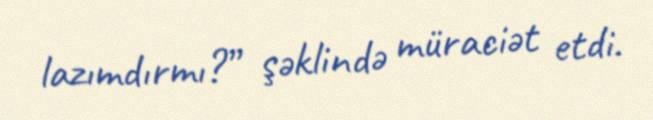
lazımdırmı?” şəklində müraciət etdi.